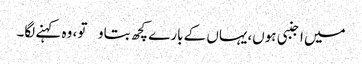
میں اجنبی ہوں،یہاں کے بارے کچھ بتاو تو، وہ کہنے لگا۔